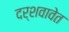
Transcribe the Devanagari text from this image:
दर्शवावेत